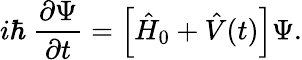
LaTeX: i\hbar\ \frac{\partial\Psi}{\partial t}=\Big[\hat{H}_{0}+\hat{V}(t)\Big]\Psi.